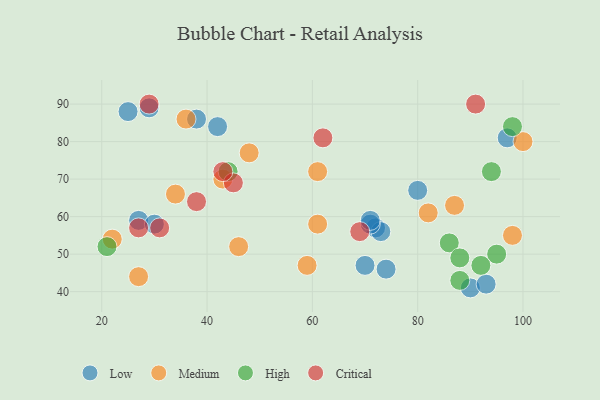
{"axis": {"x": "GDP", "y": "Life Expectancy"}, "legend": ["Critical", "High", "Low", "Medium"], "data": [{"x": "27", "y": 59, "type": "Low"}, {"x": "80", "y": 67, "type": "Low"}, {"x": "38", "y": 86, "type": "Low"}, {"x": "72", "y": 57, "type": "Low"}, {"x": "73", "y": 56, "type": "Low"}, {"x": "30", "y": 58, "type": "Low"}, {"x": "70", "y": 47, "type": "Low"}, {"x": "42", "y": 84, "type": "Low"}, {"x": "97", "y": 81, "type": "Low"}, {"x": "90", "y": 41, "type": "Low"}, {"x": "71", "y": 58, "type": "Low"}, {"x": "74", "y": 46, "type": "Low"}, {"x": "93", "y": 42, "type": "Low"}, {"x": "29", "y": 89, "type": "Low"}, {"x": "71", "y": 59, "type": "Low"}, {"x": "25", "y": 88, "type": "Low"}, {"x": "61", "y": 72, "type": "Medium"}, {"x": "22", "y": 54, "type": "Medium"}, {"x": "43", "y": 70, "type": "Medium"}, {"x": "100", "y": 80, "type": "Medium"}, {"x": "98", "y": 55, "type": "Medium"}, {"x": "48", "y": 77, "type": "Medium"}, {"x": "59", "y": 47, "type": "Medium"}, {"x": "34", "y": 66, "type": "Medium"}, {"x": "36", "y": 86, "type": "Medium"}, {"x": "82", "y": 61, "type": "Medium"}, {"x": "27", "y": 44, "type": "Medium"}, {"x": "87", "y": 63, "type": "Medium"}, {"x": "61", "y": 58, "type": "Medium"}, {"x": "46", "y": 52, "type": "Medium"}, {"x": "94", "y": 72, "type": "High"}, {"x": "86", "y": 53, "type": "High"}, {"x": "98", "y": 84, "type": "High"}, {"x": "95", "y": 50, "type": "High"}, {"x": "21", "y": 52, "type": "High"}, {"x": "44", "y": 72, "type": "High"}, {"x": "88", "y": 43, "type": "High"}, {"x": "92", "y": 47, "type": "High"}, {"x": "88", "y": 49, "type": "High"}, {"x": "38", "y": 64, "type": "Critical"}, {"x": "91", "y": 90, "type": "Critical"}, {"x": "31", "y": 57, "type": "Critical"}, {"x": "27", "y": 57, "type": "Critical"}, {"x": "62", "y": 81, "type": "Critical"}, {"x": "69", "y": 56, "type": "Critical"}, {"x": "45", "y": 69, "type": "Critical"}, {"x": "29", "y": 90, "type": "Critical"}, {"x": "43", "y": 72, "type": "Critical"}]}